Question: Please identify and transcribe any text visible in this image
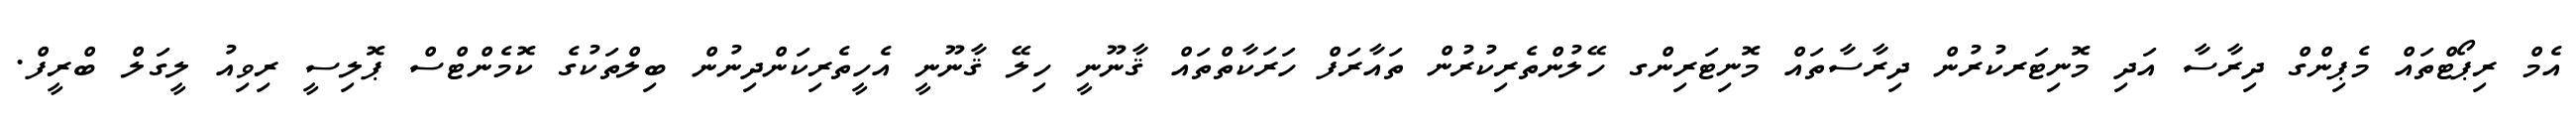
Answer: އެމް ރިޕޯޓްތައް މެޕިންގް ދިރާސާ އަދި މޮނިޓަރކުރުން ދިރާސާތައް މޮނިޓަރިންގ ހޭލުންތެރިކުރުން ތައާރަފް ހަރަކާތްތައް ޤާނޫނީ ހިލޭ ޤާނޫނީ އެހީތެރިކަންދިނުން ބިލްތަކުގެ ކޮމެންޓްސް ޕޮލިސީ ރިވިއު ލީގަލް ބްރީފް.